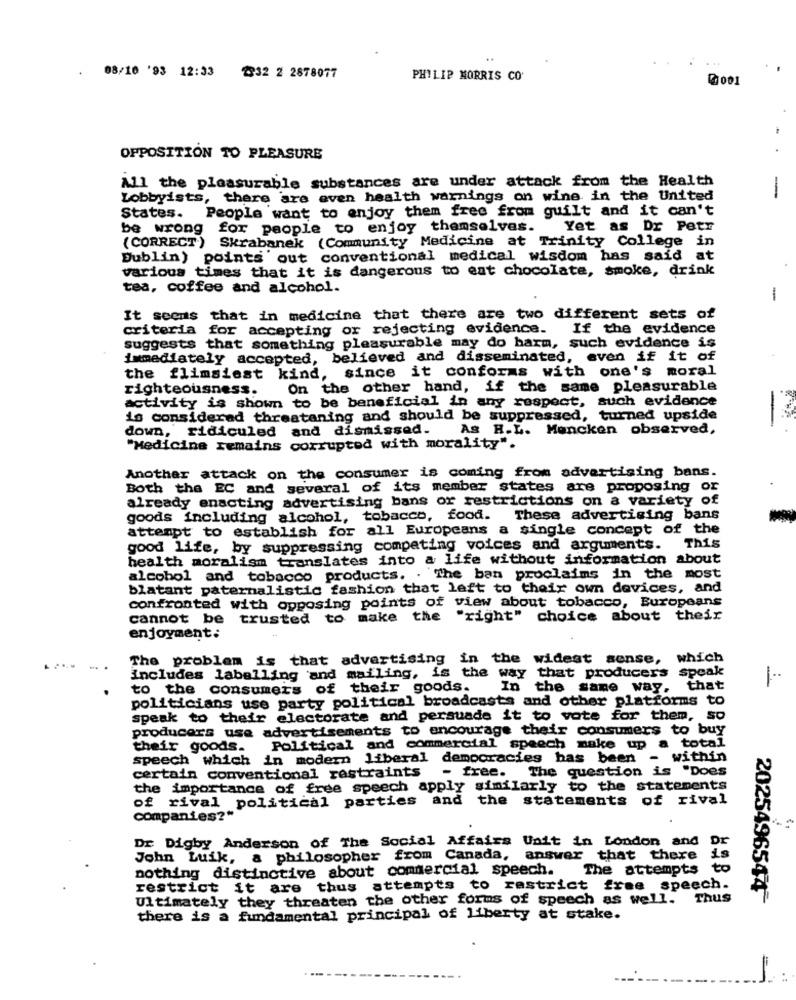
08/10 '93 12:33
2332 2 2878077
PHILIP MORRIS CO'
₲001
OPPOSITION TO PLEASURE
All the pleasurable substances are under attack from the Health
Lobbyists, there are even health warnings on wine in the United
-
States. People want to enjoy them free from guilt and it can't
be wrong for people to enjoy themselves. Yet as Dr Petr
(CORRECT ) Skrabanek (Community Medicine at Trinity College in
Dublin) points' out conventional medical wisdom has said at
various times that it is dangerous to eat chocolate, smoke, drink
tea, coffee and alcohol.
-
It seems that in medicine that there are two different sets of
criteria for accepting or rejecting evidence.
If the evidence
suggests that something pleasurable may do harm, such evidence is
immediately accepted, believed and disseminated, even if it of
the flimsiest kind, since it conforms with one's moral
righteousness.
On the other hand, if the same pleasurable
activity is shown to be beneficial in any respect, such evidence
-
is considered threataning and should be suppressed, turned upside
down, ridiculed and dismissed. As R.L. Mencken observed,
"Medicine remains corrupted with morality".
Another attack on the consumer is coming from advertising bans.
Both the EC and several of its member states are proposing or
already enacting advertising bans or restrictions on a variety of
goods including alcohol, tobacco, food. These advertising bans
attempt to establish for all Europeans a single concept of the
good life, by suppressing competing voices and arguments. This
health moralism translates into a life without information about
alcohol and tobacco products. . The ban proclaims in the most
blatant paternalistic fashion that left to their own devices, and
confronted with opposing points of view about tobacco, Europeans
cannot be trusted to make the "right" choice about their
enjoyment:
The problem is that advertising in the widest sense, which
includes labelling and mailing, is the way that producers speak
to the consumers of their goods.
In the same way, that
politicians use party political broadcasts and other platforms to
speak to their electorate and persuade it to vote for them, so
producers use advertisements to encourage their consumers to buy
their goods.
Political and commercial speech make up a total
speech which in modern liberal democracies has been
within
- free. The question is "Does
certain conventional restraints
the importance of free speech apply similarly to the statements
of rival political parties and the statements of rival
companies?""
Dr Digby Anderson of The Social Affairs Unit in London and
DE
John Luik, a philosopher from Canada, answer that there
is
nothing distinctive about commercial speech.
The attempts
to
restrict it are thus attempts to restrict free speech.
Ultimately they threaten the other forms of speech as well. Thus
2025496544
there is a fundamental principal of liberty at stake.